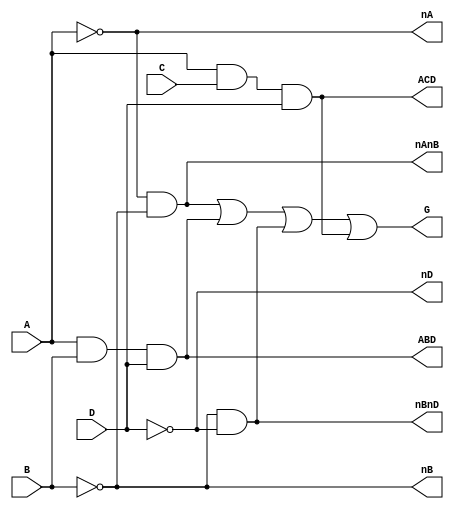
//Bradley Trowbridge
//Computer Architecture
//Lab 4, part 1

//Purpose: model the given logic
//G =A'B'+ABD + B'D'+ACD
module lab4step2(
	A,		//input	
	B,		//input	
	C,		//input
	D,		//input	
	//intermediate output for printing
	nA,nB,nD,
	nAnB,ABD,nBnD,ACD,
	G		//output
	);
//input ports
input A,B,C,D;
//output ports
output G;

//intermediate output for printing purposes
output nA,nB,nD;
output nAnB,ABD,nBnD,ACD;

//wires
//input wires
wire A,B,C,D;
//logical not wires
wire nA,nB,nD;
//logical and wires
wire nAnB,ABD,nBnD,ACD;
//ouput wires
wire G;

//logic
not(nA,A);
not(nB,B);
not(nD,D);
and(nAnB,nA,nB);
and(ABD,A,B,D);
and(nBnD,nB,nD);
and(ACD,A,C,D);
or(G,nAnB,ABD,nBnD,ACD);

endmodule

module lab4step2_tb;
	reg wA,wB,wC,wD;
	//logical not wires
	wire wnA,wnB,wnD;
	//logical and wires
	wire wnAnB,wABD,wnBnD,wACD;
	wire wG;

//test bench
initial begin
	wA = 0;		//test 0000
	wB = 0;
	wC = 0;
	wD = 0;

	$monitor ("A=%b B=%b C=%b D=%b nA=%b nB=%b nD=%b nAnB=%b ABD=%b nBnD=%b ACD=%b G=%b", wA,wB, wC,wD,wnA,wnB,wnD,wnAnB,wABD,wnBnD,wACD, wG);
	#5 wD = 1;	//0001
	#5 wC = 1;	//0011
	#5 wD = 0;	//0010
	#5 wB = 1;  //0110
	#5 wD = 1;	//0111
	#5 wC = 0;	//0101
	#5 wD = 0;	//0100
	#5 wA = 1;	//1100
	#5 wD = 1;	//1101
	#5 wC = 1;	//1111
	#5 wD = 0;	//1110
	#5 wB = 0;	//1010
	#5 wD = 1;	//1011
	#5 wC = 0;	//1001
	#5 wD = 0;	//1000
	#5 $finish;
end


//connect UUT to test bench signals
lab4step2 uut(
.A  (wA),
.B  (wB),
.C  (wC),
.D  (wD),
.nA (wnA),
.nB (wnB),
.nD (wnD),
.nAnB (wnAnB),
.ABD (wABD),
.nBnD (wnBnD),
.ACD (wACD),
.G  (wG)
);
endmodule